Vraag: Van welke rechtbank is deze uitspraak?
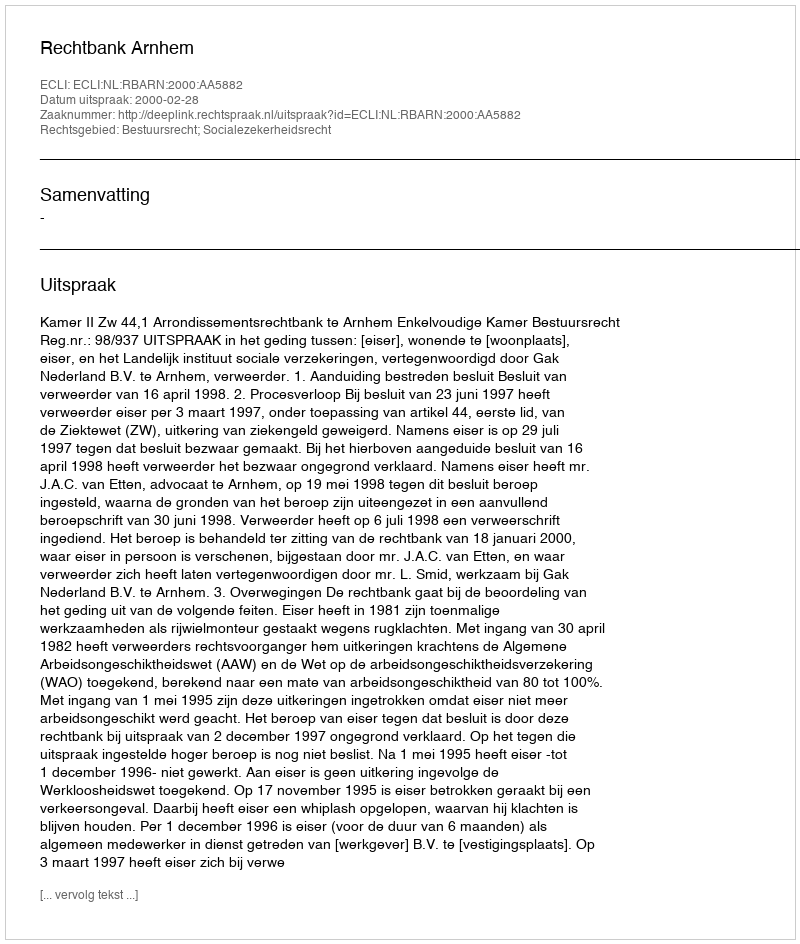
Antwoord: Rechtbank Arnhem